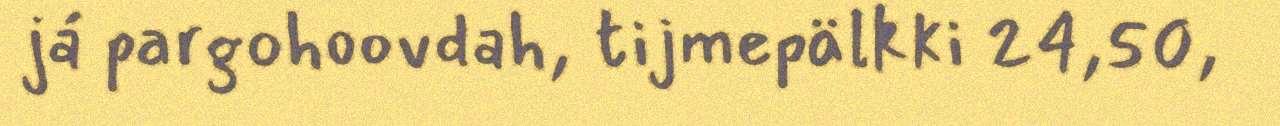
já pargohoovdah, tijmepälkki 24,50,